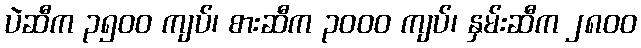
ပဲဆီက ၃၅၀၀ ကျပ်၊ စားဆီက ၃၀၀၀ ကျပ်၊ နှမ်းဆီက ၂၈၀၀